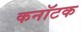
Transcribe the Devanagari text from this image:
कनॉटक